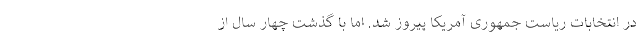
در انتخابات ریاست جمهوری آمریکا پیروز شد. اما با گذشت چهار سال از